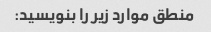
منطق موارد زیر را بنویسید: